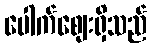
ပေါက်ဈေးရှိသည်